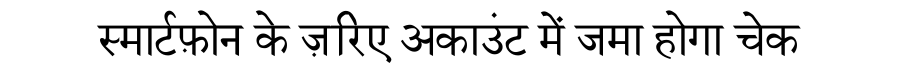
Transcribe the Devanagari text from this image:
स्मार्टफ़ोन के ज़रिए अकाउंट में जमा होगा चेक